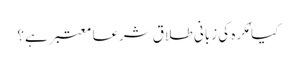
کیا مُکرَہ کی زبانی طلاق شرعاً معتبر ہے؟